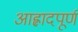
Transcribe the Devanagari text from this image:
आह्लादपूर्ण